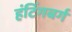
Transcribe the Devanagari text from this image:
हंटिंगबर्ग